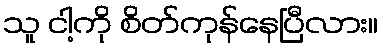
သူ ငါ့ကို စိတ်ကုန်နေပြီလား။